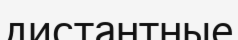
дистантные